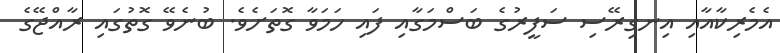
އެމެރިކާއާއި އިނގިރޭސި ސަފީރުގެ ބަސްމަގާއި ފައި ހަމަވާ ގޮތަށެވެ. ބުނެވޭ ގޮތުގައި ރާއްޖޭގެ